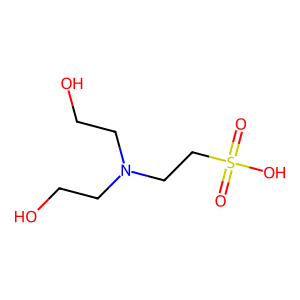
SMILES: O=S(=O)(O)CCN(CCO)CCO
Inhibits HIV replication: No